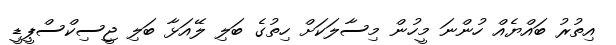
އިތުރު ބައްޔެއް ހުންނަ މީހުން މިސާލަކަށް ހިތުގެ ބަލި ލޭއަޅާ ބަލި ޖީސިކްސްޕީޑީ